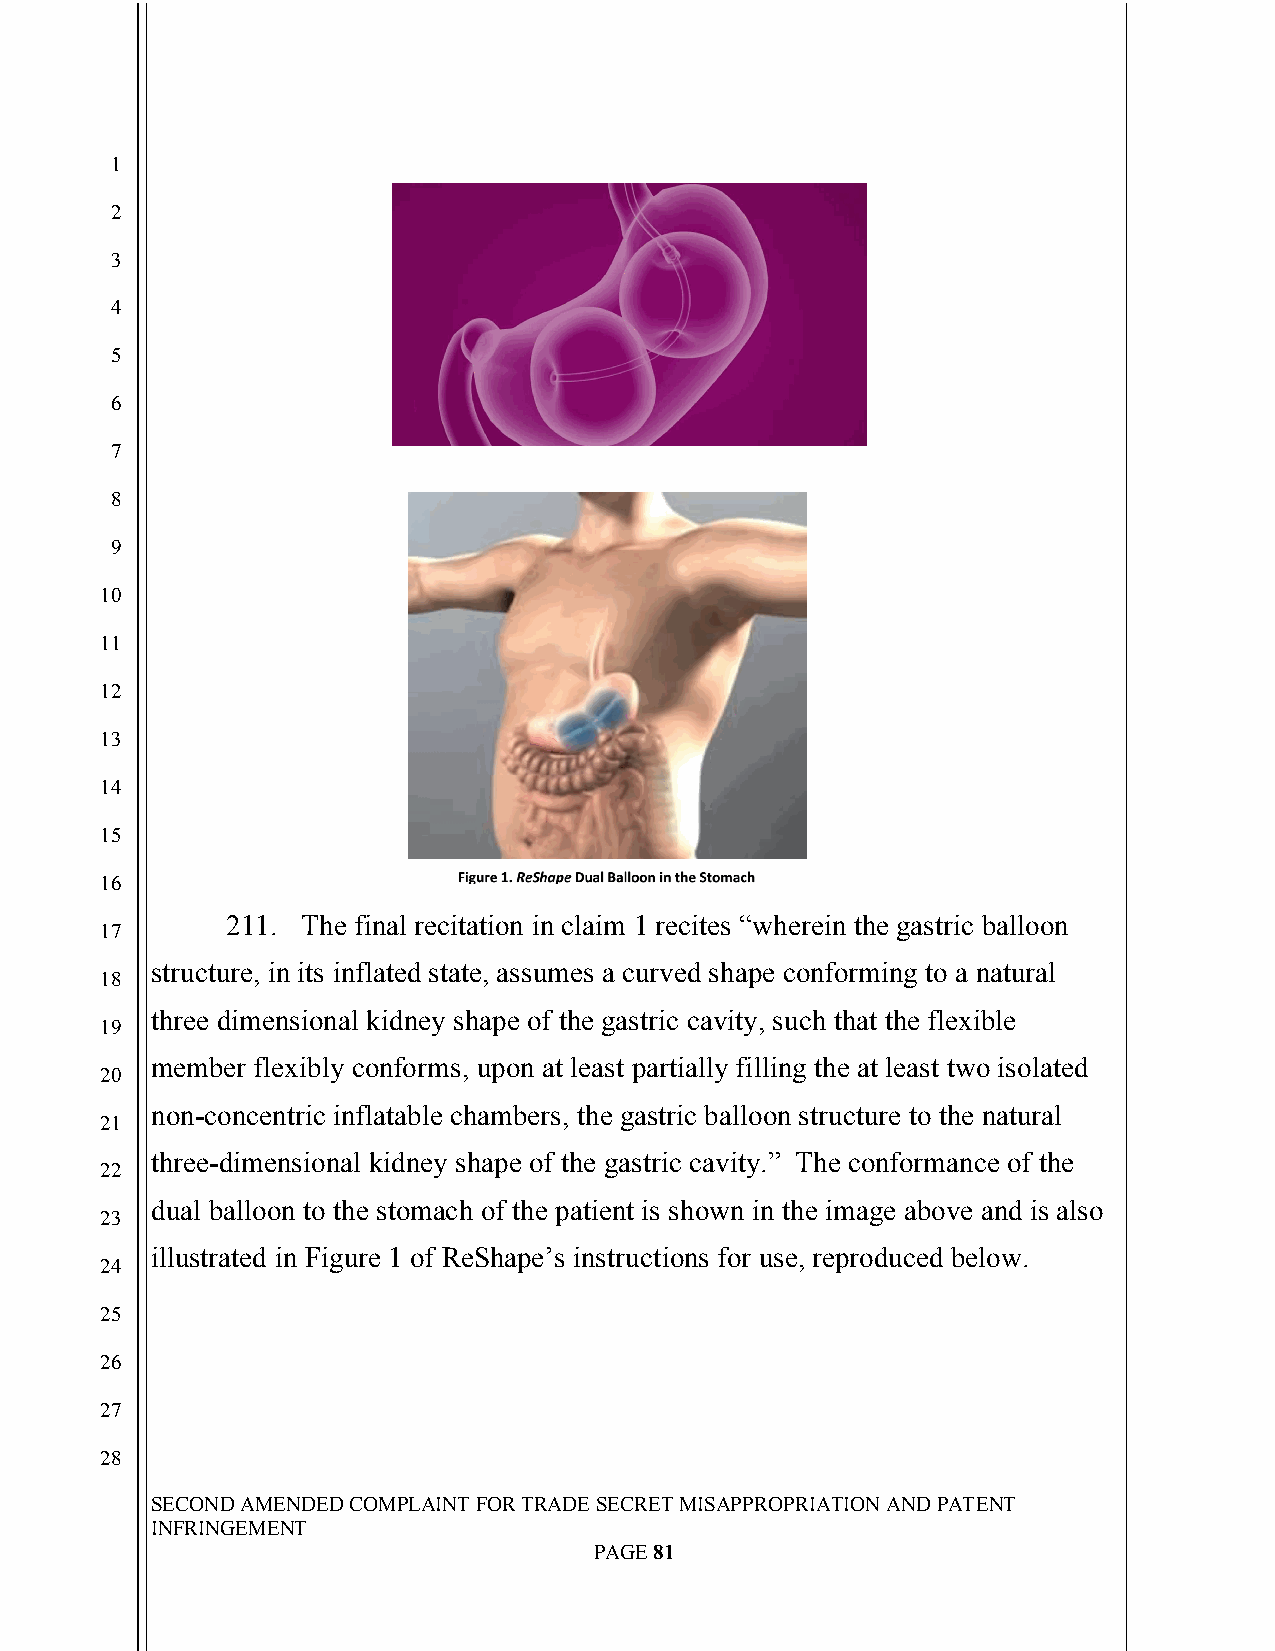
`
 1
 2
 3
 4
 5
 6
 7
 8
 9
 10
 11
 12
 13
 14
 15
 16
 211. The final recitation in claim 1 recites “wherein the gastric balloon
 17
 structure, in its inflated state, assumes a curved shape conforming to a natural
 18
 three dimensional kidney shape of the gastric cavity, such that the flexible
 19
 member flexibly conforms, upon at least partially filling the at least two isolated
 20
 non-concentric inflatable chambers, the gastric balloon structure to the natural
 21
 three-dimensional kidney shape of the gastric cavity.” The conformance of the
 22
 dual balloon to the stomach of the patient is shown in the image above and is also
 23
 illustrated in Figure 1 of ReShape’s instructions for use, reproduced below.
 24
 25
 26
 27
 28
 SECOND AMENDED COMPLAINT FOR TRADE SECRET MISAPPROPRIATION AND PATENT
 INFRINGEMENT
 PAGE 81